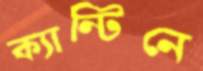
ক্যান্টিনে